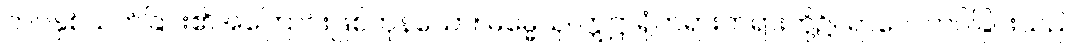
တပ်နှစ်သက်ခြင်း၏အကြောင်းဖြစ်ကုန်သော။ ဓမ္မေသု၊ ဣဋ္ဌာရုံတရားတရားတို့၌။ ရာဂေါ၊ တပ်ခြင်းသည်။